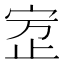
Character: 𰌾